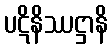
ပဋိနိဿဋ္ဌာနိ